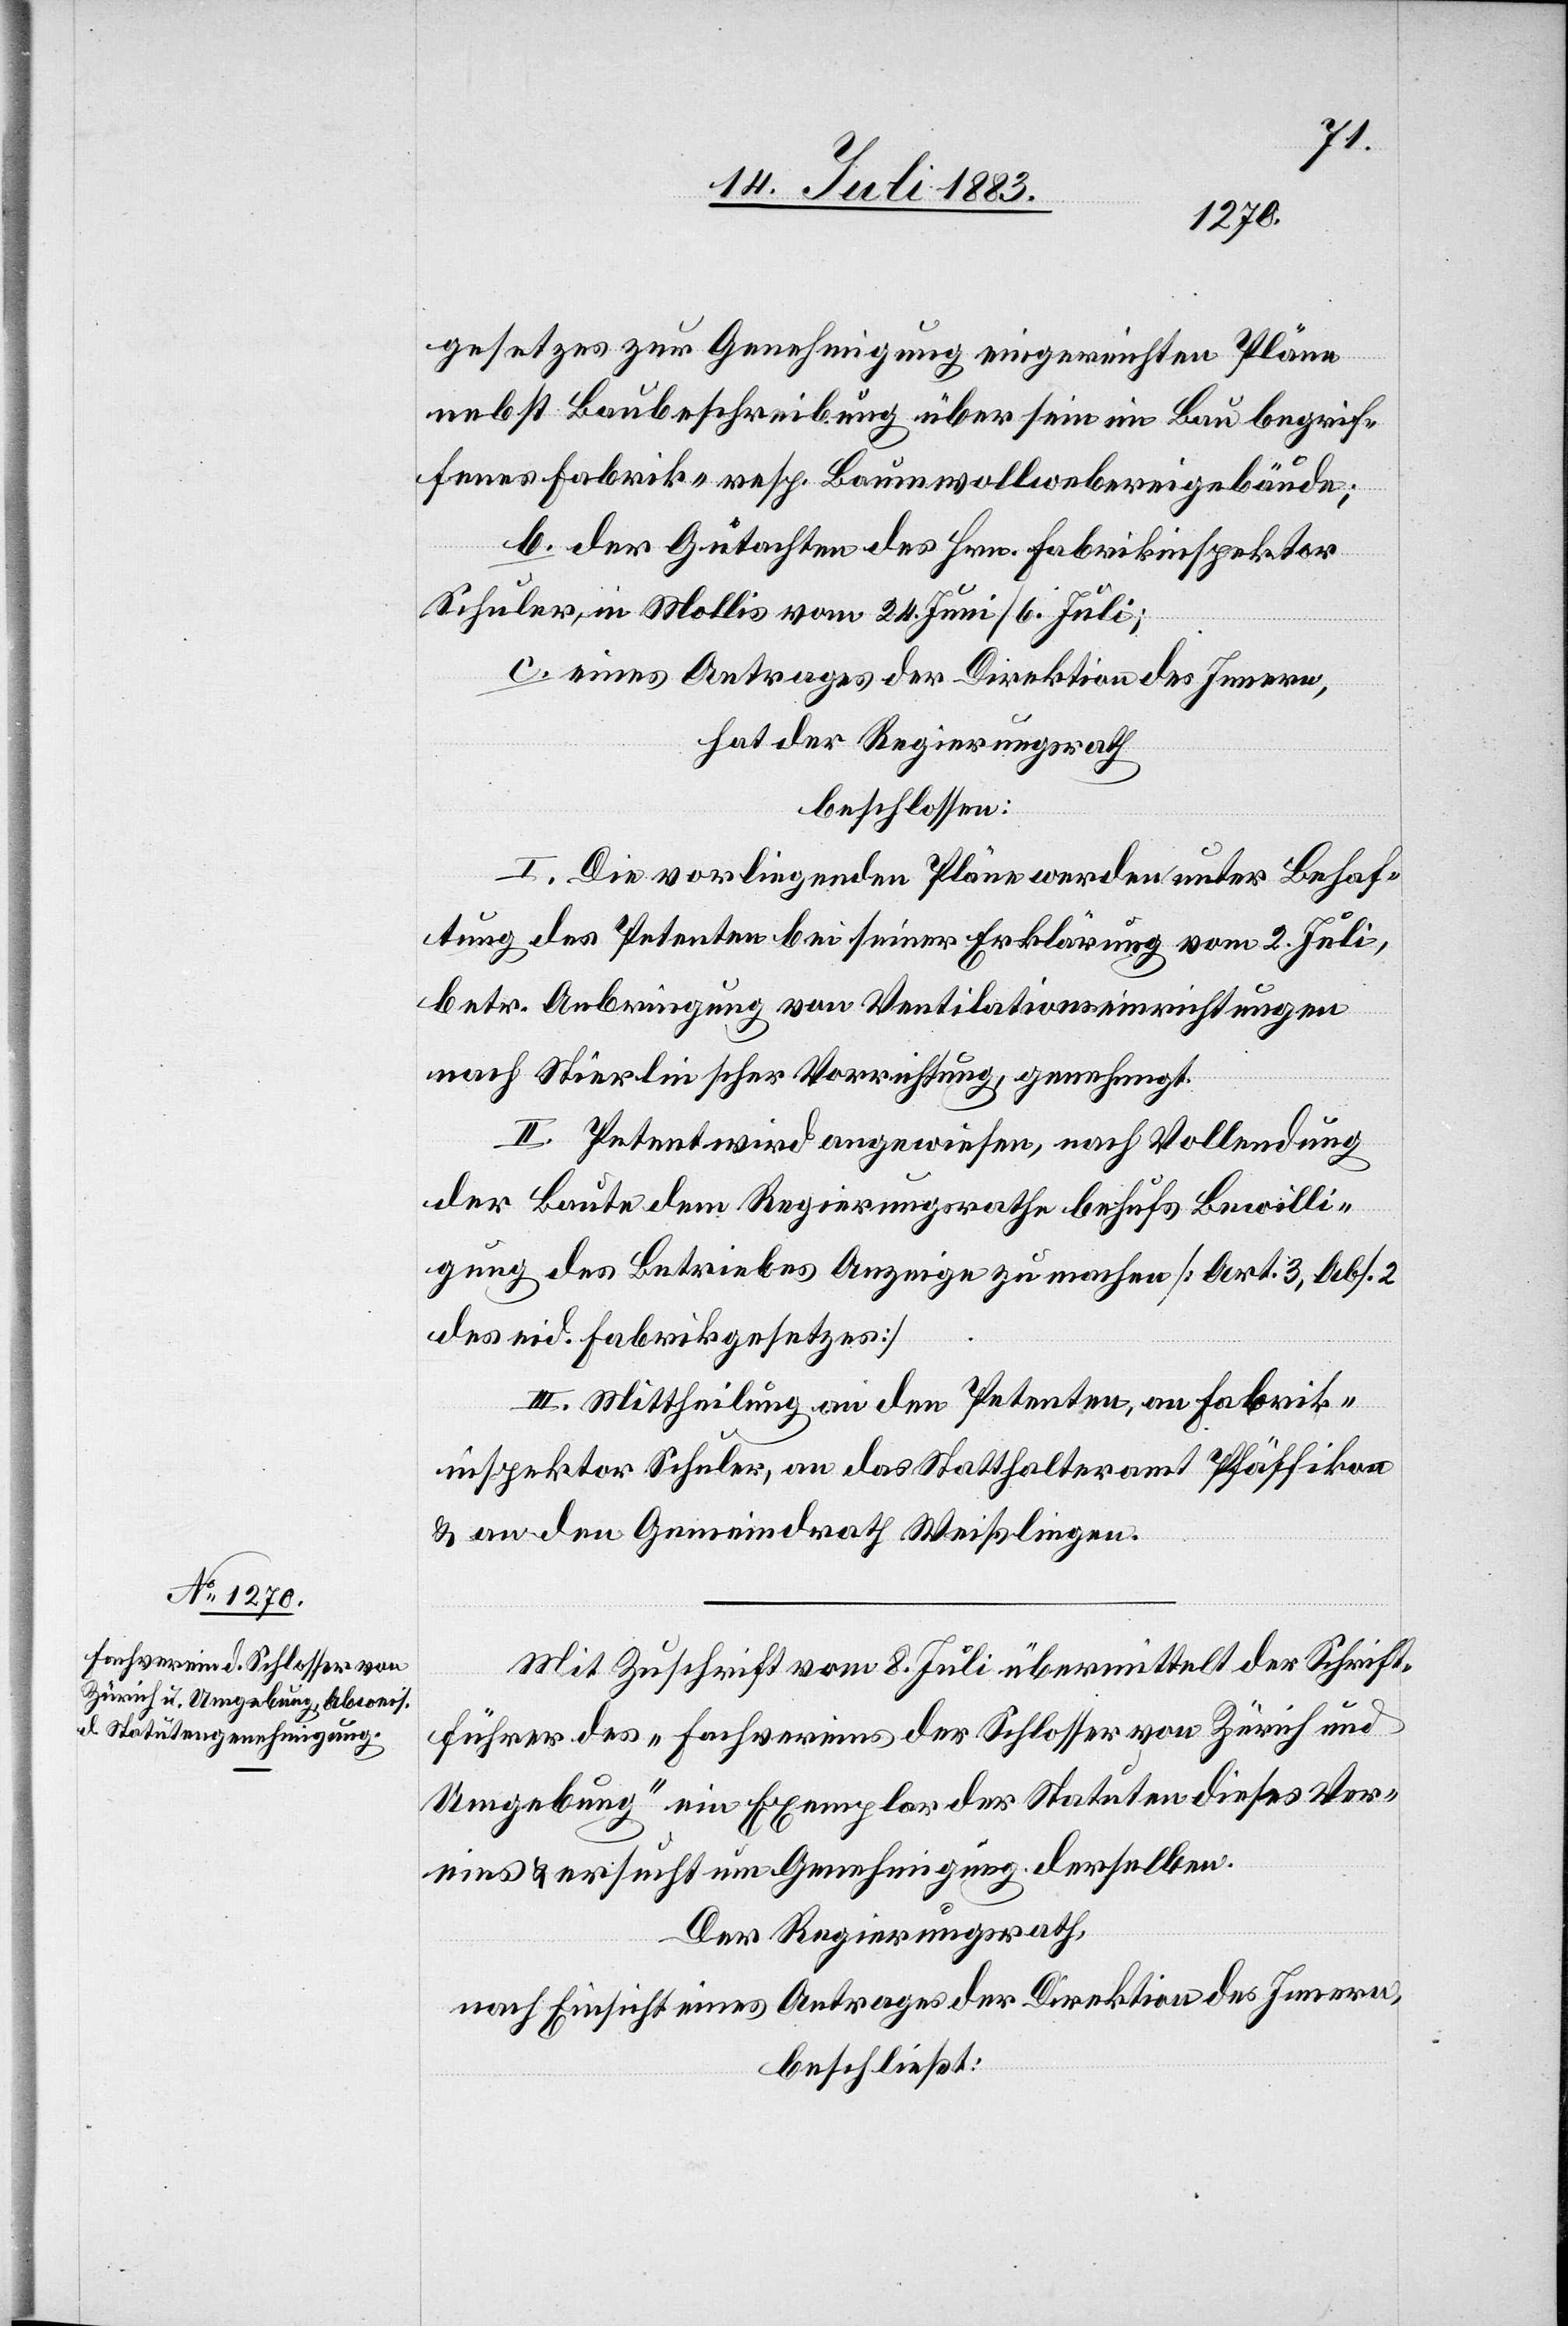
gesetzes zur Genehmigung eingereichten Pläne
nebst Baubeschreibung über sein im Bau begrif¬
fenes Fabrik- resp. Baumwollwebereigebäude:
b. der Gutachten des Hrn. Fabrikinspektor
Schuler, in Mollis vom 24. Juni/6. Juli;
c. eines Antrages der Direktion des Innern,
hat der Regierungsrath
beschlossen:
I. Die vorliegenden Pläne werden unter Behaf¬
tung des Petenten bei seiner Erklärung vom 2. Juli,
betr. Anbringung von Ventilationseinrichtungen
nach Stierlinscher Vorrichtung, genehmigt.
II. Petent wird angewiesen, nach Vollendung
der Baute dem Regierungsrathe behufs Bewilli¬
gung des Betriebes Anzeige zu machen [Art. 3, Abs. 2
des eid. Fabrikgesetzes].
III. Mittheilung an den Petenten, an Fabrik¬
inspektor Schuler, an das Statthalteramt Pfäffikon
& an den Gemeindrath Weißlingen.
Mit Zuschrift vom 8. Juli übermittelt der Schrift¬
führer des „Fachvereins der Schlosser von Zürich und
Umgebung“ ein Exemplar der Statuten dieses Ver¬
eins & ersucht um Genehmigung derselben.
Der Regierungsrath,
nach Einsicht eines Antrages der Direktion des Innern,
beschließt: